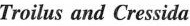
Troilus and Cressida